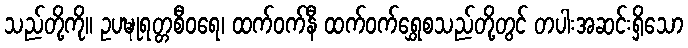
သည်တို့ကို။ ဥပဍ္ဎုရတ္တစီဝရေ၊ ထက်ဝက်နီ ထက်ဝက်ရွှေစသည်တို့တွင် တပါးအဆင်းရှိသော